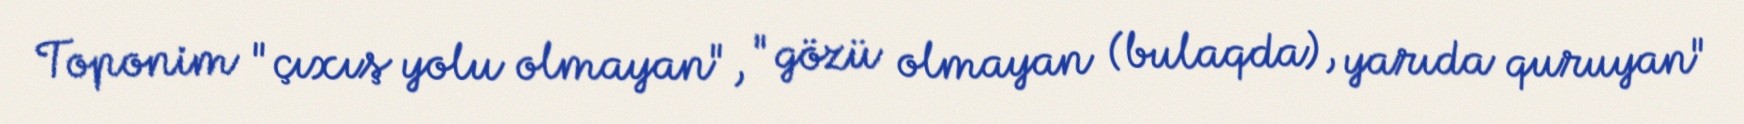
Toponim "çıxış yolu olmayan", "gözü olmayan (bulaqda), yarıda quruyan"